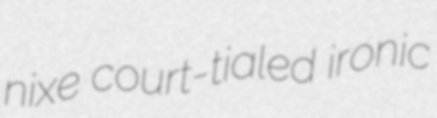
nixe court-tialed ironic